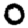
Digit: 0